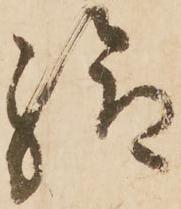
給